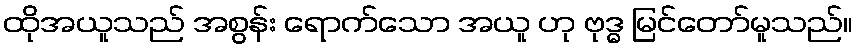
ထိုအယူသည် အစွန်း ရောက်သော အယူ ဟု ဗုဒ္ဓ မြင်တော်မူသည်။